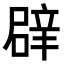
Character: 𮝻